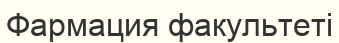
Фармация факультеті